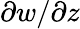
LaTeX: \partial w/\partial z